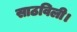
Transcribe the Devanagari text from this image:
साठविली।